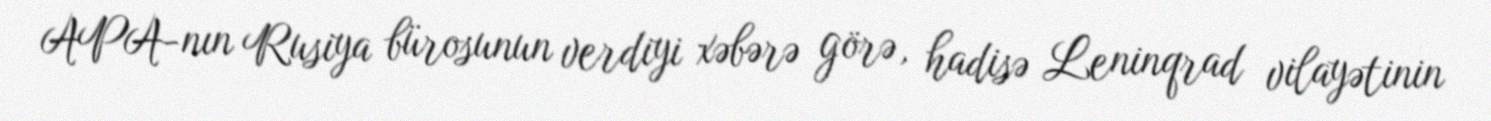
APA-nın Rusiya bürosunun verdiyi xəbərə görə, hadisə Leninqrad vilayətinin